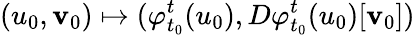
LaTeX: (u_{0},\mathbf{v}_{0})\mapsto(\varphi_{t_{0}}^{t}(u_{0}),D\varphi_{t_{0}}^{t}(u_{0})[\mathbf{v}_{0}])